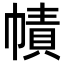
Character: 幘